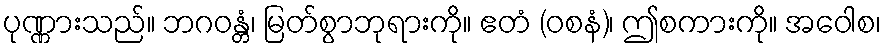
ပုဏ္ဏားသည်။ ဘဂဝန္တံ၊ မြတ်စွာဘုရားကို။ ဧတံ (ဝစနံ)၊ ဤစကားကို။ အဝေါစ၊